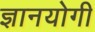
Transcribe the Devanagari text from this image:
ज्ञानयोगी